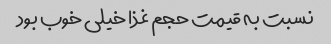
نسبت به قیمت حجم غذا خیلی خوب بود